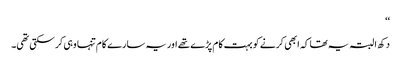
‘‘
دکھ ا لبتہ یہ تھا کہ ابھی کرنے کو بہت کام پڑے تھے اور یہ سارے کام تنہا وہی کرسکتی تھی۔